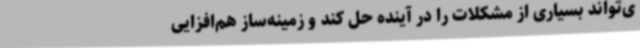
ی‌تواند بسیاری از مشکلات را در آینده حل کند و زمینه‌ساز هم‌افزایی